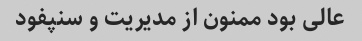
عالی بود ممنون از مدیریت و سنپفود